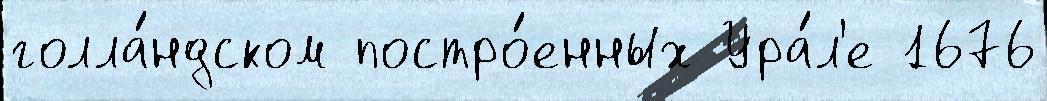
голла́ндском постро́енных Ура́л'е 1676